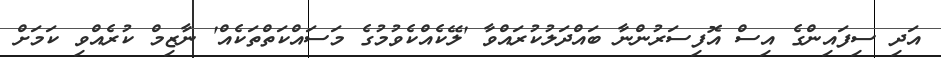
އަދި ސިފައިންގެ އިސް އޮފިސަރުންނާ ބައްދަލުކުރައްވާ 'ލޭކެއްކެވުމުގެ މަސައްކަތްތަކެއް' ނާޒިމް ކުރެއްވި ކަމަށް